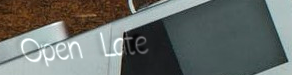
Open Late